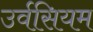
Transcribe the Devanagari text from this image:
उर्वसियम